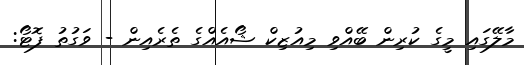
މާލޭގައި މީގެ ކުރިން ބޭއްވި މިއުޒިކް ޝޯއެއްގެ ތެރެއިން - ވަގުތު ފޮޓޯ: